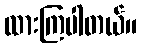
ထားကြပါတယ်။